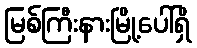
မြစ်ကြီးနားမြို့ပေါ်ရှိ